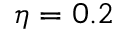
\eta = 0 . 2